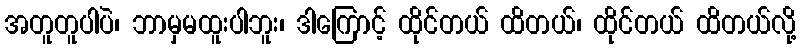
အတူတူပါပဲ၊ ဘာမှမထူးပါဘူး၊ ဒါကြောင့် ထိုင်တယ် ထိတယ်၊ ထိုင်တယ် ထိတယ်လို့